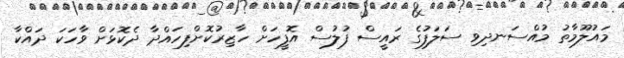
މައުލޫމާތު މުއްސަނދިވި ސަލަފުގެ ރައީސް ފުލުސް އޮފީހަށް ހާޒިރުކޮށްފިހައްދާ ދެކޮޅަށް ވާހަކަ ދައްކާ